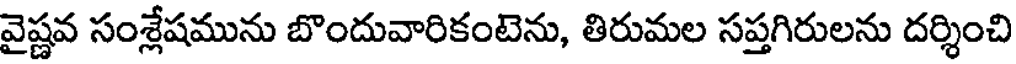
వైష్ణవ సంశ్లేషమును బొందువారికంటెను, తిరుమల సప్తగిరులను దర్శించి